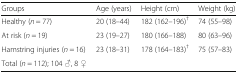
<table><thead><tr><td><b>Groups</b></td><td><b>Age (years)</b></td><td><b>Height (cm)</b></td><td><b>Weight (kg)</b></td></tr></thead><tbody><tr><td>Healthy (<i>n</i> = 77)</td><td>20 (18–44)</td><td>182 (162–196)<sup>†</sup></td><td>74 (55–98)</td></tr><tr><td>At risk (<i>n</i> = 19)</td><td>23 (19–27)</td><td>180 (166–188)</td><td>80 (63–96)</td></tr><tr><td>Hamstring injuries (<i>n</i> = 16)</td><td>23 (18–31)</td><td>178 (164–183)<sup>†</sup></td><td>75 (57–83)</td></tr><tr><td>Total (<i>n</i> = 112); 104 ♂, 8 ♀</td><td></td><td></td><td></td></tr></tbody></table>